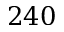
2 4 0